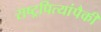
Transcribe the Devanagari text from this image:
राष्ट्रपित्यांपैकी